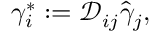
{ \gamma } _ { i } ^ { * } : = \mathcal { D } _ { i j } \hat { \gamma } _ { j } ,